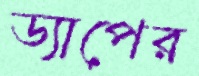
ড্যাপের